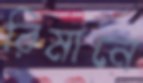
রিমানে